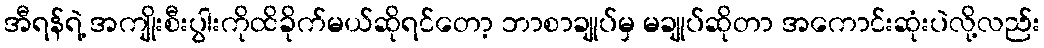
အီရန်ရဲ့ အကျိုးစီးပွါးကိုထိခိုက်မယ်ဆိုရင်တော့ ဘာစာချုပ်မှ မချုပ်ဆိုတာ အကောင်းဆုံးပဲလို့လည်း